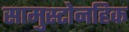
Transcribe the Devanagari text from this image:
सामुस्टोनहिक